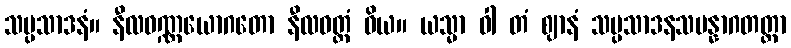
သမ္ပသာဒနံ။ နီလဝဏ္ဏယောဂတော နီလဝတ္ထံ ဝိယ။ ယသ္မာ ဝါ တံ ဈာနံ သမ္ပသာဒနသမန္နာဂတတ္တာ